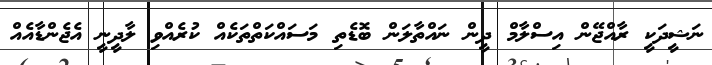
ނަޝީދަކީ ރާއްޖޭން އިސްލާމް ދީން ނައްތާލަން ބޮޑެތި މަސައްކަތްތަކެއް ކުރެއްވި ލާދީނީ އެޖެންޑާއެއް